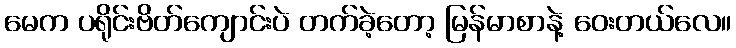
မေက ပရိုင်းဗိတ်ကျောင်းပဲ တက်ခဲ့တော့ မြန်မာစာနဲ့ ဝေးတယ်လေ။